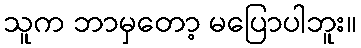
သူက ဘာမှတော့ မပြောပါဘူး။